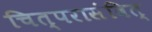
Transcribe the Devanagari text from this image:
चित्परासंवित्